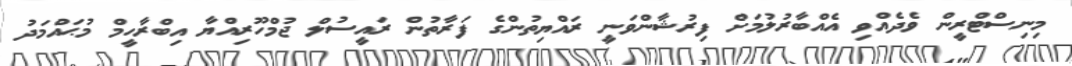
މިނިސްޓްރީން ވެދެއްވި އެއްބާރުލުމަށް ފިރުޝާންވަނީ ރައްޔިތުންގެ ފަރާތުން ރައީސުލް ޖުމްހޫރިއްޔާ އިބްރާހީމް މުޙައްމަދު